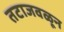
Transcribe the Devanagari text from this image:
तटाजवळून